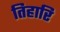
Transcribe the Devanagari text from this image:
तिहारि